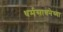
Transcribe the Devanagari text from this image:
धर्मसाधनेच्या